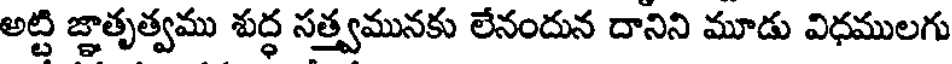
అట్టి జ్ఞాతృత్వము శుద్ధ సత్త్వమునకు లేనందున దానిని మూడు విధములగు